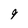
Character: 9